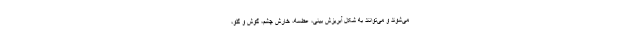
می‌شوند و می‌توانند به شکل آبریزش بینی، عطسه، خارش چشم، گوش و گلو،